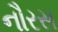
નૌરસ